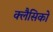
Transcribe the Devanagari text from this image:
क्लैसिको